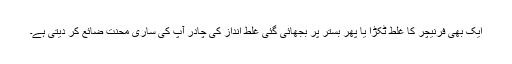
ایک بھی فرنیچر کا غلط ٹکڑا یا پھر بستر پر بجھائی گئی غلط انداز کی چادر آپ کی ساری محنت ضائع کر دیتی ہے۔